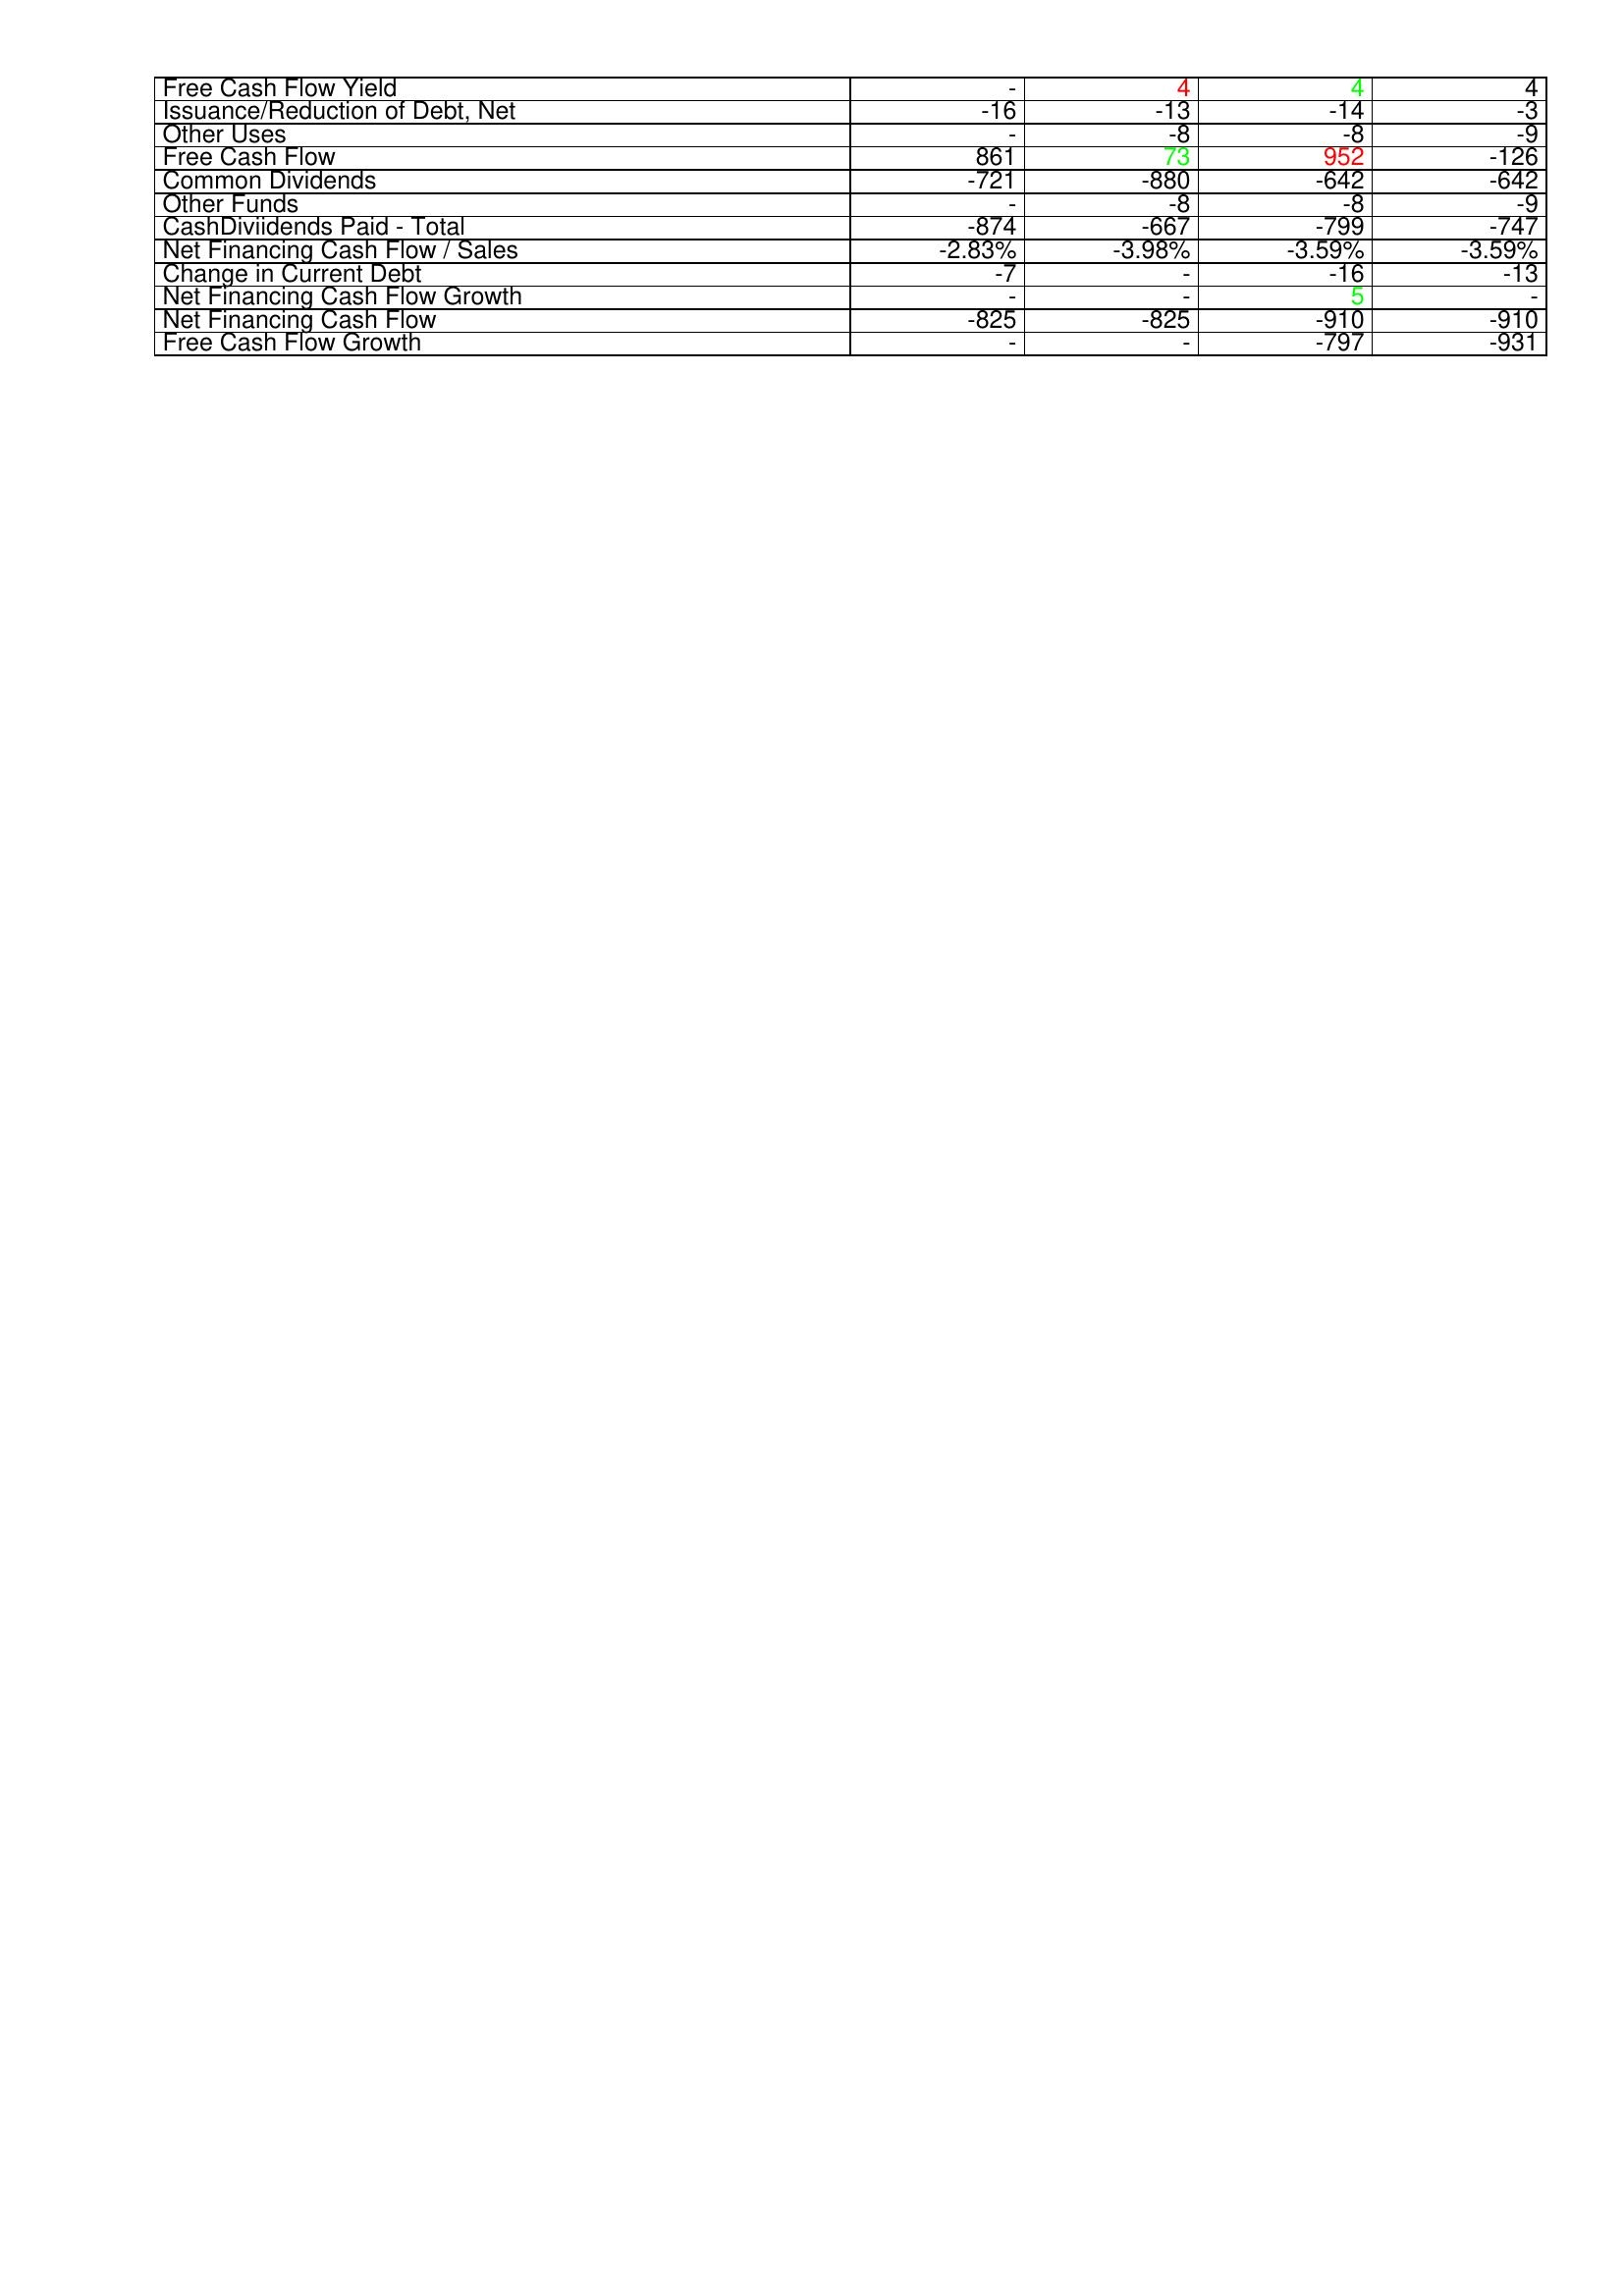
gt_parse: 2011: Financing Activities: Free Cash Flow Yield: -
Issuance/Reduction of Debt, Net: -16
Other Uses: -
Free Cash Flow: 861
Common Dividends: -721
Other Funds: -
CashDiviidends Paid - Total: -874
Net Financing Cash Flow / Sales: -2.83%
Change in Current Debt: -7
Net Financing Cash Flow Growth: -
Net Financing Cash Flow: -825
Free Cash Flow Growth: -
2012: Financing Activities: Free Cash Flow Yield: 4
Issuance/Reduction of Debt, Net: -13
Other Uses: -8
Free Cash Flow: 73
Common Dividends: -880
Other Funds: -8
CashDiviidends Paid - Total: -667
Net Financing Cash Flow / Sales: -3.98%
Change in Current Debt: -
Net Financing Cash Flow Growth: -
Net Financing Cash Flow: -825
Free Cash Flow Growth: -
2013: Financing Activities: Free Cash Flow Yield: 4
Issuance/Reduction of Debt, Net: -14
Other Uses: -8
Free Cash Flow: 952
Common Dividends: -642
Other Funds: -8
CashDiviidends Paid - Total: -799
Net Financing Cash Flow / Sales: -3.59%
Change in Current Debt: -16
Net Financing Cash Flow Growth: 5
Net Financing Cash Flow: -910
Free Cash Flow Growth: -797
2014: Financing Activities: Free Cash Flow Yield: 4
Issuance/Reduction of Debt, Net: -3
Other Uses: -9
Free Cash Flow: -126
Common Dividends: -642
Other Funds: -9
CashDiviidends Paid - Total: -747
Net Financing Cash Flow / Sales: -3.59%
Change in Current Debt: -13
Net Financing Cash Flow Growth: -
Net Financing Cash Flow: -910
Free Cash Flow Growth: -931